Civil Veterinary Dept. Assam report 1927-50 - 1927-1950
Year: 1927
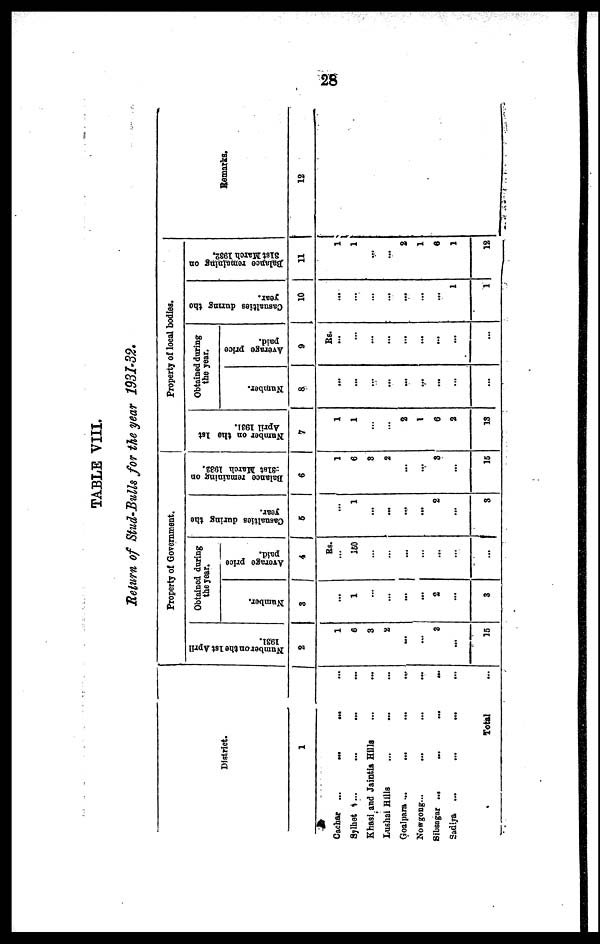
28
TABLE VIII.
Return of Stud-Bulls for the year 1931-32.
District.
1
Cachar ...
...
...
...
Sylhet ... ... ... ...
Khasi and Jaintla Hills ... ...
Lushai Hills ... ... ...
Goalpara ...
...
...
...
Nowgong ... ... ...
Sibsagar ...
...
...
...
Sadiya ... ... ... ...
Total …
Property of Government.
Number on the 1st April
1031.
2
1
6
3
2
...
…
3
...
15
Obtained during
the year.
Number.
3
…
1
…
…
...
...
…
…
3
Average price
paid.
4
Rs.
…
150
…
…
…
…
...
…
…
Casualties during the
year.
6
…
1
...
...
...
...
2
...
3
Balance
remaining on
31st March 1032.
6
1
6
3
2
…
…
3
…
15
Property of local bodies.
Number on the 1st
April 1931.
7
1
1
…
…
2
1
6
2
13
Obtained during
the year.
Number.
8
...
...
…
...
...
…
…
…
...
Average price
paid.
9
Rs.
...
…
…
…
...
...
...
...
…
Casualties during the
year.
10
…
…
…
…
…
…
…
1
1
Balance remaining on
31st March 1932.
11
1
1
…
...
2
1
6
1
12
Remarks
12